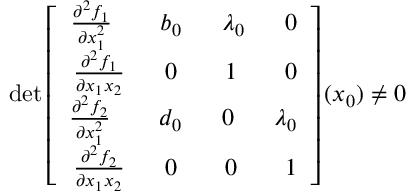
\operatorname* { d e t } \left[ \begin{array} { r } { \frac { \partial ^ { 2 } f _ { 1 } } { \partial x _ { 1 } ^ { 2 } } \ \ \ \ \ \ b _ { 0 } \ \ \ \ \ \lambda _ { 0 } \ \ \ \ \ 0 } \\ { \frac { \partial ^ { 2 } f _ { 1 } } { \partial x _ { 1 } x _ { 2 } } \ \ \ \ \ 0 \ \ \ \ \ \ 1 \ \ \ \ \ \ 0 } \\ { \frac { \partial ^ { 2 } f _ { 2 } } { \partial x _ { 1 } ^ { 2 } } \ \ \ \ \ \ d _ { 0 } \ \ \ \ \ 0 \ \ \ \ \ \lambda _ { 0 } } \\ { \frac { \partial ^ { 2 } f _ { 2 } } { \partial x _ { 1 } x _ { 2 } } \ \ \ \ \ 0 \ \ \ \ \ \ 0 \ \ \ \ \ \ 1 } \end{array} \right] ( { x _ { 0 } } ) \ne 0